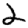
Digit: 2